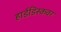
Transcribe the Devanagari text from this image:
हार्डडिस्कवर